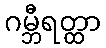
ဂမ္ဘီရတ္ထာ